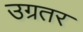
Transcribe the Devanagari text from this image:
उग्रतर